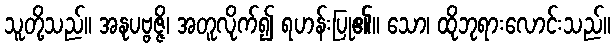
သူတို့သည်။ အနုပဗ္ဗဇ္ဇိ၊ အတူလိုက်၍ ရဟန်းပြု၏။ သော၊ ထိုဘုရားလောင်းသည်။